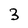
Character: 3